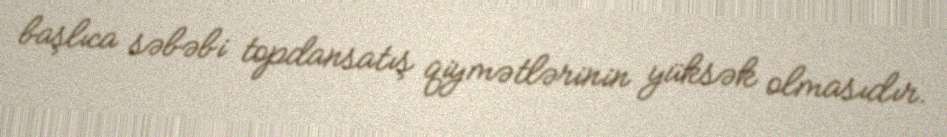
başlıca səbəbi topdansatış qiymətlərinin yüksək olmasıdır.